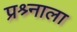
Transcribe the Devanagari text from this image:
प्रश्र्नाला